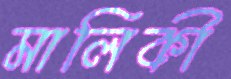
মালিকী